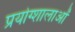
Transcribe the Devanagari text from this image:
प्रयोग्शालाओं